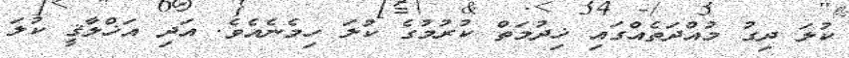
ކުލަ ދިގު މުއްދަތެއްގައި ޚިދުމަތް ކުރުމުގެ ކުލަ ހިމެނެއެވެ. އަދި އަޚްލާޤީ ކުލަ